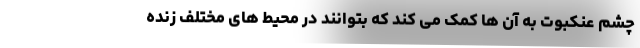
چشم عنکبوت به آن ها کمک می کند که بتوانند در محیط های مختلف زنده